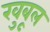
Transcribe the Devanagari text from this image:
खुबूल